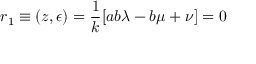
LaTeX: r _ { 1 } \equiv ( z , \epsilon ) = \frac { 1 } { k } [ a b \lambda - b \mu + \nu ] = 0